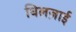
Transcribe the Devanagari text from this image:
घिलज़ाई